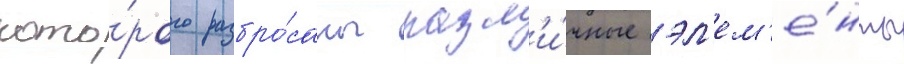
кото́рого разбро́саны разл'и́чные эл'ем'е́нты